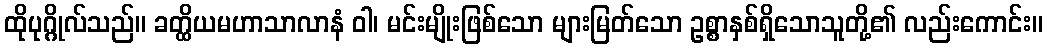
ထိုပုဂ္ဂိုလ်သည်။ ခတ္ထိယမဟာသာလာနံ ဝါ၊ မင်းမျိုးဖြစ်သော များမြတ်သော ဥစ္စာနှစ်ရှိသောသူတို့၏ လည်းကောင်း။